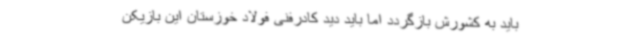
باید به کشورش بازگردد اما باید دید کادرفنی فولاد خوزستان این بازیکن